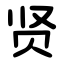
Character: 贤